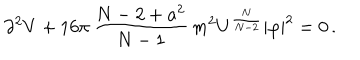
\partial ^ { 2 } V + 1 6 \pi \, \frac { N - 2 + a ^ { 2 } } { N - 1 } \, m ^ { 2 } U ^ { \frac { N } { N - 2 } } | \varphi | ^ { 2 } = 0 \, .